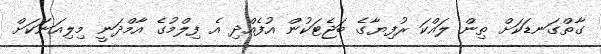
ގާތްގަނޑަކަށް ތިން ލައްކަ ރުފިޔާގެ ބަޖެޓަކުން އުފެއްދި އެ ފިލްމުގެ އާމްދަނީ މިލިއަނަކަށް